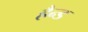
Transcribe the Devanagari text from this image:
हैन्ड